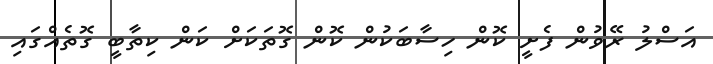
އަސްލު ރޭވުން ފެށީ ކޮން ހިސާބަކުން ކޮން ގޮތަކަށް ކަން ކިތާބީ ގޮތެއްގައި